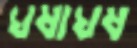
ঘষাঘষ